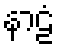
နာဠံ